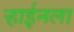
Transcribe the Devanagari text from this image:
ऱ्हाईनला